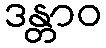
ဒန္တာဝ